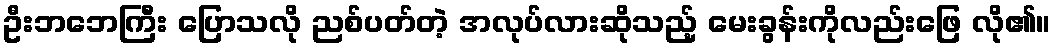
ဦးဘဘေကြီး ပြောသလို ညစ်ပတ်တဲ့ အလုပ်လားဆိုသည့် မေးခွန်းကိုလည်းဖြေ လို၏။